画像に写った文字を読んでください
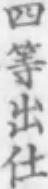
「四等出仕」と書いてあります